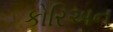
કોરિઅન